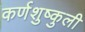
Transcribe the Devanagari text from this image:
कर्णशुष्कुली